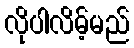
လိုပါလိမ့်မည်